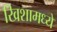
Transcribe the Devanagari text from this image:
खिशामध्ये